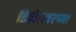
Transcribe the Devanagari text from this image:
डिझेलवरच्या